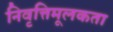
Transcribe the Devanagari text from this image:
निवृत्तिमूलकता